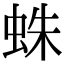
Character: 蛛